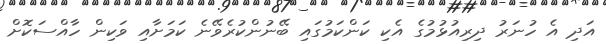
އަދި އެ ހުނަރު ދިރިއުޅުމުގެ އެކި ކަންކަމުގައި ބޭނުންކުރެވޭނެ ކަމަށާއި ވަކިން ހާއްސަކޮށް